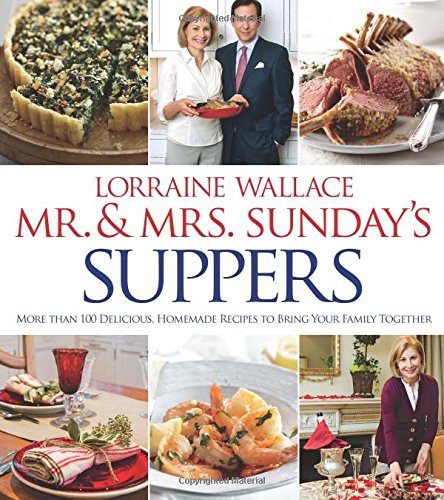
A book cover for Mr. and Mrs. Sunday's Suppers: More than 100 Delicious, Homemade Recipes to Bring Your Family Together; Lorraine Wallace; Cookbooks, Food & Wine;